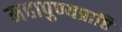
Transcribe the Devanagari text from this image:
महापुण्यप्राप्ति